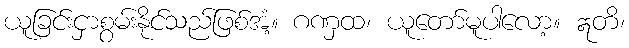
ယူခြင်းငှာစွမ်းနိုင်သည်ဖြစ်အံ့။ ဂဏှထ၊ ယူတော်မူပါလော့။ ဣတိ၊